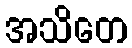
အသိတေ